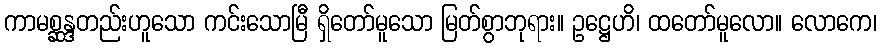
ကာမစ္ဆန္ဒတည်းဟူသော ကင်းသောမြီ ရှိတော်မူသော မြတ်စွာဘုရား။ ဥဋ္ဌေဟိ၊ ထတော်မူလော။ လောကေ၊